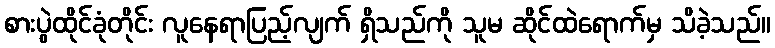
စားပွဲထိုင်ခုံတိုင်း လူနေရာပြည့်လျက် ရှိသည်ကို သူမ ဆိုင်ထဲရောက်မှ သိခဲ့သည်။